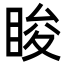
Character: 睃